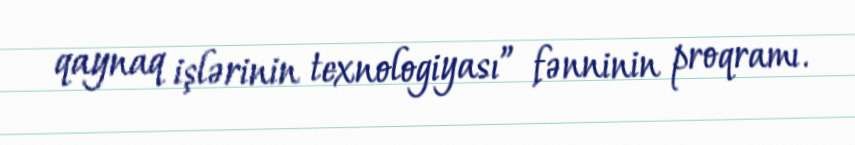
qaynaq işlərinin texnologiyası” fənninin proqramı.